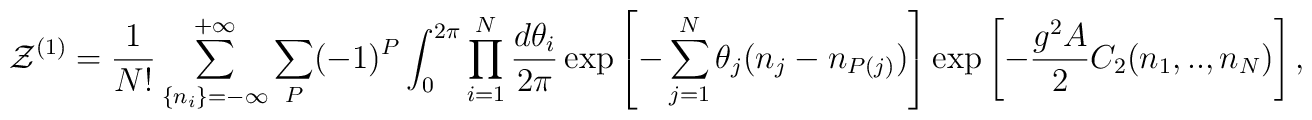
{\cal Z}^{(1)}=\frac{1}{N!}\sum_{\{n_i\}=-\infty}^{+\infty}\sum_{P}(-1)^{P}\int_{0}^{2\pi}\prod_{i=1}^{N}\frac{d\theta_i}{2\pi}\exp\left[-\sum_{j=1}^{N}\theta_{j}(n_j-n_{P(j)})\right]\exp\left[-{{g^2 A}\over 2}C_2(n_1,..,n_N)\right],